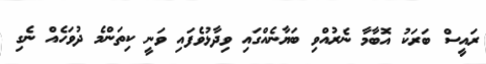
ރައީސް ބަރަކު އޮބާމާ ނެރުއްވި ބަޔާނެއްގައި ވިދާޅުވެފައި ވަނީ ކިތަންމެ ދުވަހެއް ނެގި